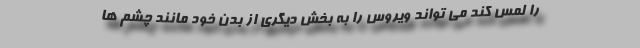
را لمس کند می تواند ویروس را به بخش دیگری از بدن خود مانند چشم ها